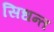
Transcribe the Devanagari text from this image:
सिधन्त